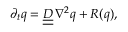
\partial _ { t } { \boldsymbol { q } } = { \underline { { \underline { { \boldsymbol { D } } } } } } \, \nabla ^ { 2 } { \boldsymbol { q } } + { \boldsymbol { R } } ( { \boldsymbol { q } } ) ,